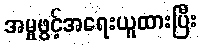
အမှုဖွင့်အရေးယူထားပြီး